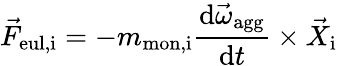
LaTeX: \vec{F}_{\mathrm{eul,i}}=-m_{\mathrm{mon,i}}\frac{\mathrm{d}\vec{\omega}_{\mathrm{agg}}}{\mathrm{d}t}\times\vec{X}_{\mathrm{i}}